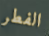
الفطر